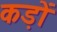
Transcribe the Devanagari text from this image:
कड़ों